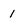
Character: 1